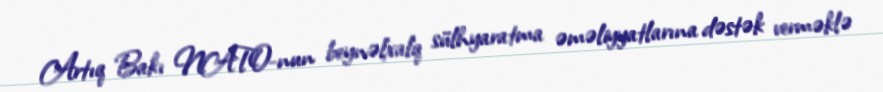
Artıq Bakı NATO-nun beynəlxalq sülhyaratma əməliyyatlarına dəstək verməklə